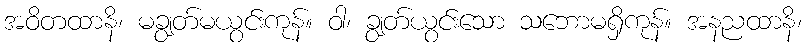
အဝိတထာနိ၊ မချွတ်မယွင်းကုန်။ ဝါ၊ ချွတ်ယွင်းသော သဘောမရှိကုန်။ အနညထာနိ၊